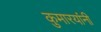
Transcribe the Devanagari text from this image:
कुमारयांनी